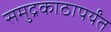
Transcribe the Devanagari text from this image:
समुद्रकाठापर्यंत